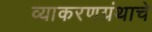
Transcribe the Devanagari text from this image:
व्याकरणग्रंथाचे